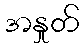
အနှုတ်